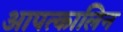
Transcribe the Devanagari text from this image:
आपत्कालिन